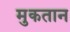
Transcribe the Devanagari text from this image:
मुकतान